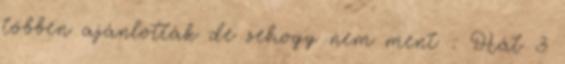
többen ajánlották de sehogy nem ment : Hát 3